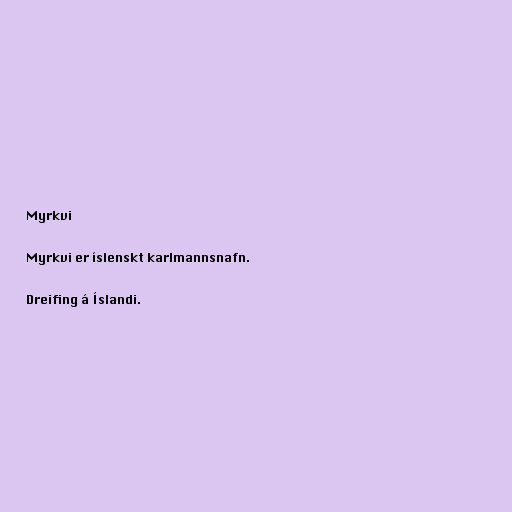
Myrkvi

Myrkvi er íslenskt karlmannsnafn.

Dreifing á Íslandi.